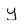
Character: y